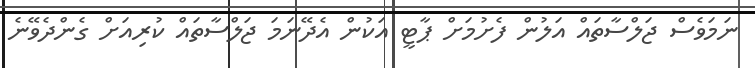
ނަމަވެސް ޖަލްސާތައް އަލުން ފެށުމަށް ޕާޓީ އަކުން އެދޭނަމަ ޖަލްސާތައް ކުރިއަށް ގެންދެވޭނެ